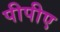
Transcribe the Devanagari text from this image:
पीपीए